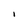
Character: I